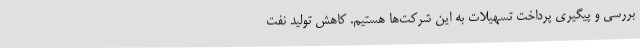
بررسی و پیگیری پرداخت تسهیلات به این شرکت‌ها هستیم. کاهش تولید نفت